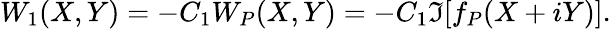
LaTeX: W_{1}(X,Y)=-C_{1}W_{P}(X,Y)=-C_{1}\Im[f_{P}(X+iY)].